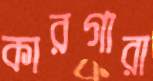
কারগারা